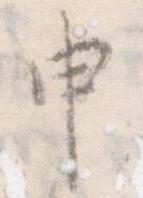
申